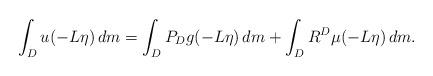
LaTeX: \begin{align*}\int_Du(-L\eta)\,dm=\int_DP_Dg(-L\eta)\,dm+\int_DR^D\mu(-L\eta)\,dm.\end{align*}